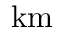
\mathrm { k m }